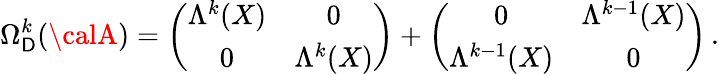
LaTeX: \Omega_{\mathsf{D}}^{k}({\calA})=\left(\begin{array}{cc}{{\Lambda^{k}(X)}}&{{0}}\\ {{0}}&{{\Lambda^{k}(X)}}\end{array}\right)+\left(\begin{array}{cc}{{0}}&{{\Lambda^{k-1}(X)}}\\ {{\Lambda^{k-1}(X)}}&{{0}}\end{array}\right)\, .